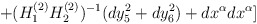
\begin{align*}+(H_1^{(2)}H_2^{(2)})^{-1}(dy_5^2+dy_6^2)+dx^{\alpha}dx^{\alpha}]\end{align*}